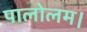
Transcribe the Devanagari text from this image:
पालोलम।